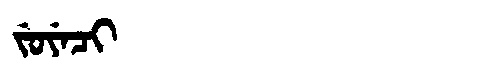
Manchu: ᠵᡠᠶᡝᠴᡳ
Romanization: JUYECI